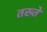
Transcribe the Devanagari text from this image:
तख्‍ते